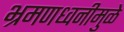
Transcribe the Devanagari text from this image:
भ्रमणध्वनीमुळे